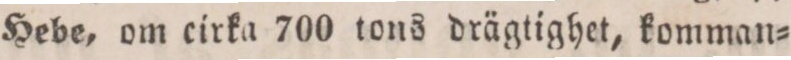
Hebe, om cirka 700 tons drägtighet, komman=